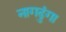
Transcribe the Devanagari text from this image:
नागढुंगा